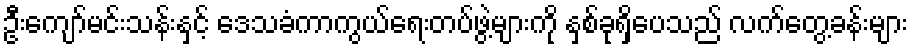
ဦးကျော်မင်းသန်းနှင့် ဒေသခံကာကွယ်ရေးတပ်ဖွဲ့များကို နှစ်ခုရှိပေသည် လက်တွေ့ခန်းများ